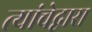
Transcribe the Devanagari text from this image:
त्यांचेद्वारा